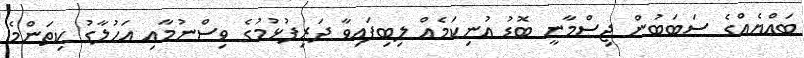
ބައްޔެއްގެ ސަބަބުން ޖިސްމާނީ ބޮޑު އުނިކަމެއް ލިބިފައިވާ ދަރިފުޅުމުގެ ވިސްނުމާއި އަހުލާގު ކިތަންމެ